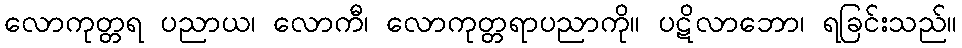
လောကုတ္တရ ပညာယ၊ လောကီ၊ လောကုတ္တရာပညာကို။ ပဋိလာဘော၊ ရခြင်းသည်။